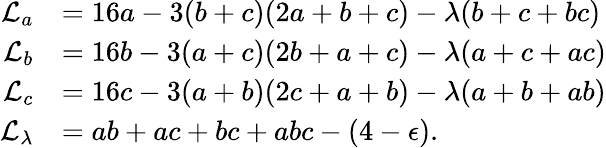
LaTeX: \begin{array}{rl}{\mathcal L_{a}}&{=16a-3(b+c)(2a+b+c)-\lambda(b+c+bc)}\\ {\mathcal L_{b}}&{=16b-3(a+c)(2b+a+c)-\lambda(a+c+ac)}\\ {\mathcal L_{c}}&{=16c-3(a+b)(2c+a+b)-\lambda(a+b+ab)}\\ {\mathcal L_{\lambda}}&{=ab+ac+bc+abc-(4-\epsilon).}\end{array}